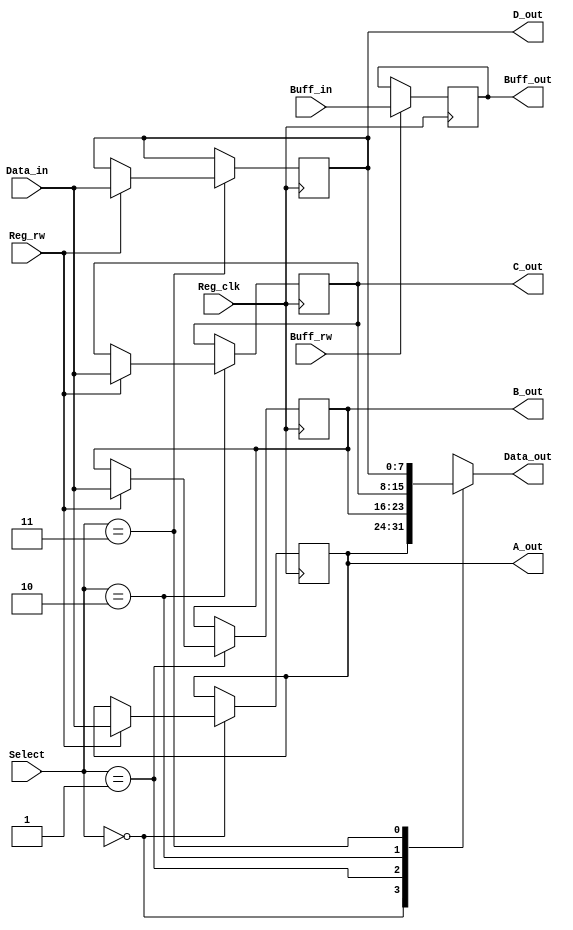
// Code your design here
module Register(
  input wire[1:0] Select,
  input Reg_clk,
  input Reg_rw,
  input Buff_rw,
  input wire[7:0] Data_in,
  input wire[7:0] Buff_in,
  output reg[7:0] Data_out,
  output reg[7:0] Buff_out,
  output[7:0] A_out,B_out,C_out,D_out
);
  reg[7:0] A, B, C, D, Buff;
  
  initial 
		begin
			A <= 8'h00;
			B <= 8'h00;
			C <= 8'h00;
			D <= 8'h00;
			Buff <= 8'h00;
		end
  
  always@(posedge Reg_clk)
    begin
      case(Select)
        2'b00: A <= (Reg_rw ? Data_in: A); 
        2'b01: B <= (Reg_rw ? Data_in: B);
     	  2'b10: C <= (Reg_rw ? Data_in: C);
        2'b11: D <= (Reg_rw ? Data_in: D);
      endcase
      Buff <= Buff_rw ? Buff_in : Buff;
    end
    always @(Select or Buff or A or B or C or D)
		begin
			case(Select)  
				2'b00: Data_out <= A;
				2'b01: Data_out <= B;
				2'b10: Data_out <= C;
				2'b11: Data_out <= D;
			endcase
			Buff_out <= Buff;
		end
		
		assign A_out=A;
		assign B_out=B;
		assign C_out=C;
		assign D_out=D;
	  
		
endmodule